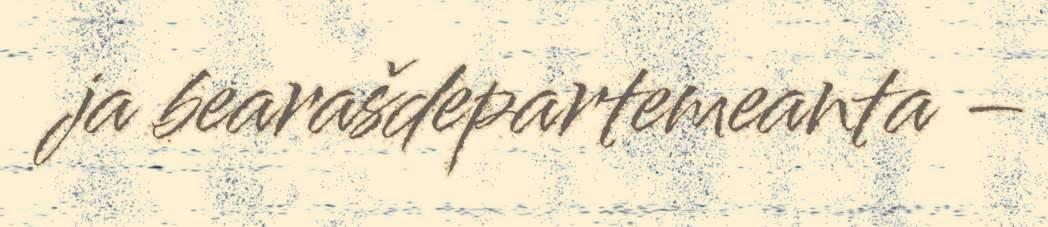
ja bearašdepartemeanta –